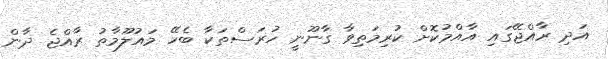
އަދި ރާއްޖޭގައި އާއްމުކޮށް ކުރިމަތިވާ ގާނޫނީ ހުރަސްތަކާ ބެހޭ މައުލޫމާތު ރާއްޖެ ދާން